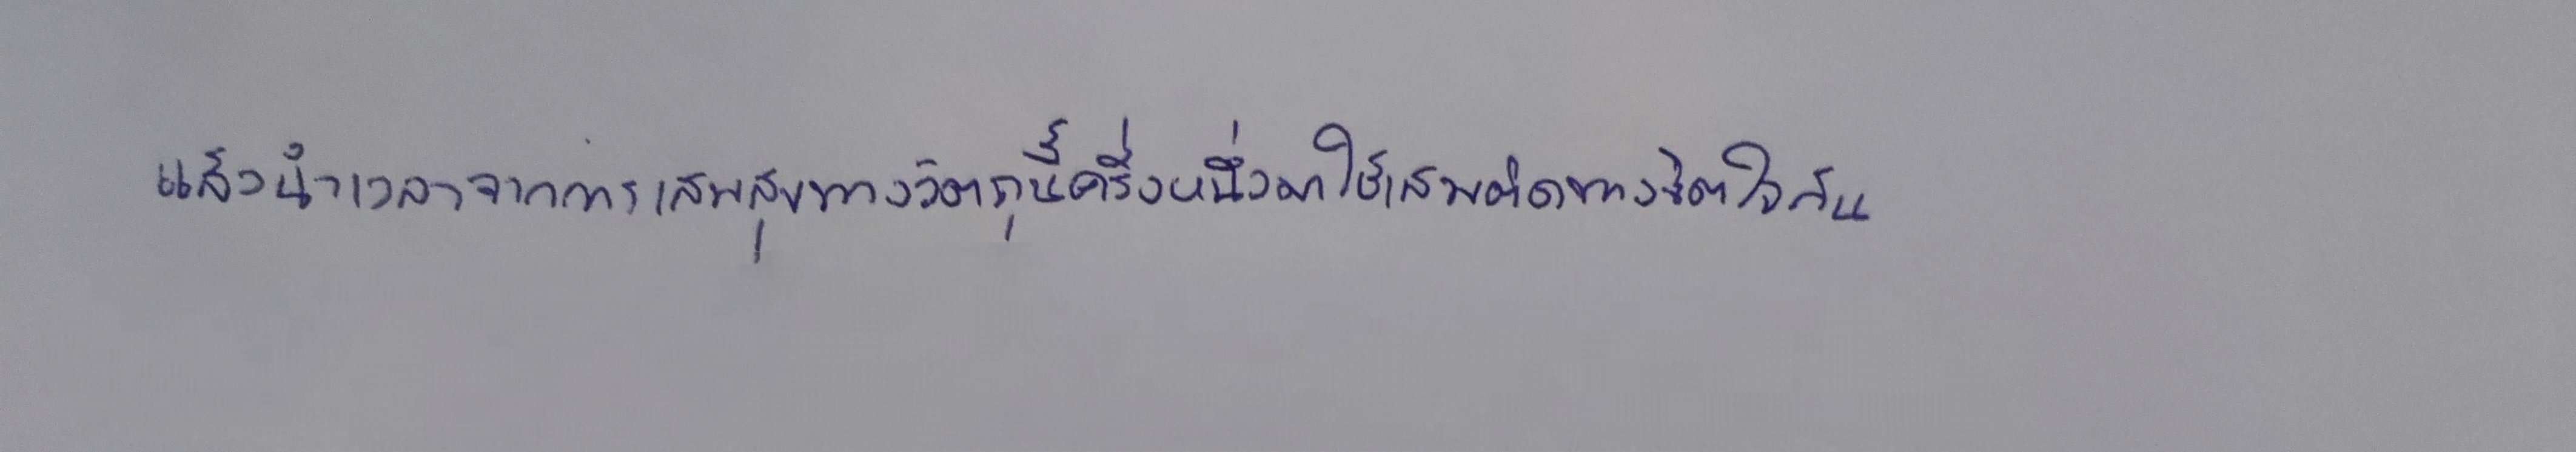
แล้วนำเวลาจากการเสพสุขทางวัตถุนี้ครึ่งหนึ่งมาใช้เสพติดทางจิตใจกัน